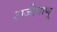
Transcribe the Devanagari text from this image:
अजीवाणु